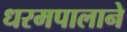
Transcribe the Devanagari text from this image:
धरमपालाने